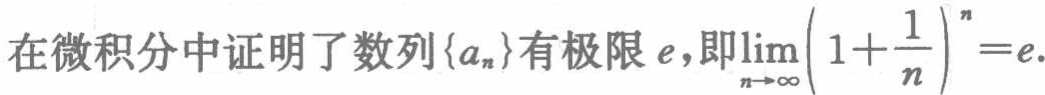
在微积分中证明了数列\(\{a_{n}\}\)有极限\(e\)，即\(\lim_{n \to \infty} \left(1 + \frac{1}{n}\right)^{n}=e\)